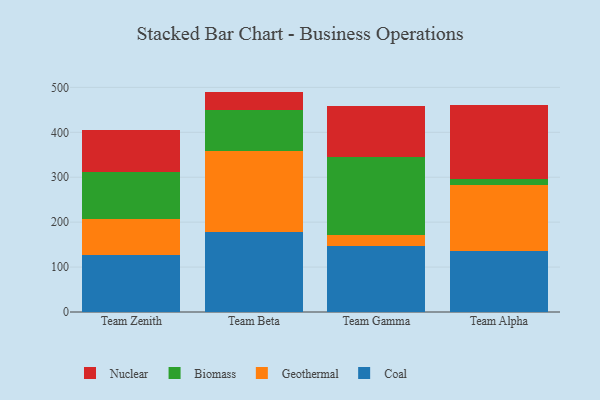
{"axis": {"x": "Team", "y": "Bounce Rate (%)"}, "legend": ["Biomass", "Coal", "Geothermal", "Nuclear"], "data": [{"x": "Team Zenith", "y": 126.4, "type": "Coal"}, {"x": "Team Zenith", "y": 81.2, "type": "Geothermal"}, {"x": "Team Zenith", "y": 103.7, "type": "Biomass"}, {"x": "Team Zenith", "y": 93.9, "type": "Nuclear"}, {"x": "Team Beta", "y": 178.5, "type": "Coal"}, {"x": "Team Beta", "y": 178.8, "type": "Geothermal"}, {"x": "Team Beta", "y": 92.5, "type": "Biomass"}, {"x": "Team Beta", "y": 40.8, "type": "Nuclear"}, {"x": "Team Gamma", "y": 147.7, "type": "Coal"}, {"x": "Team Gamma", "y": 23.0, "type": "Geothermal"}, {"x": "Team Gamma", "y": 174.8, "type": "Biomass"}, {"x": "Team Gamma", "y": 112.9, "type": "Nuclear"}, {"x": "Team Alpha", "y": 136.7, "type": "Coal"}, {"x": "Team Alpha", "y": 146.8, "type": "Geothermal"}, {"x": "Team Alpha", "y": 13.1, "type": "Biomass"}, {"x": "Team Alpha", "y": 164.8, "type": "Nuclear"}]}